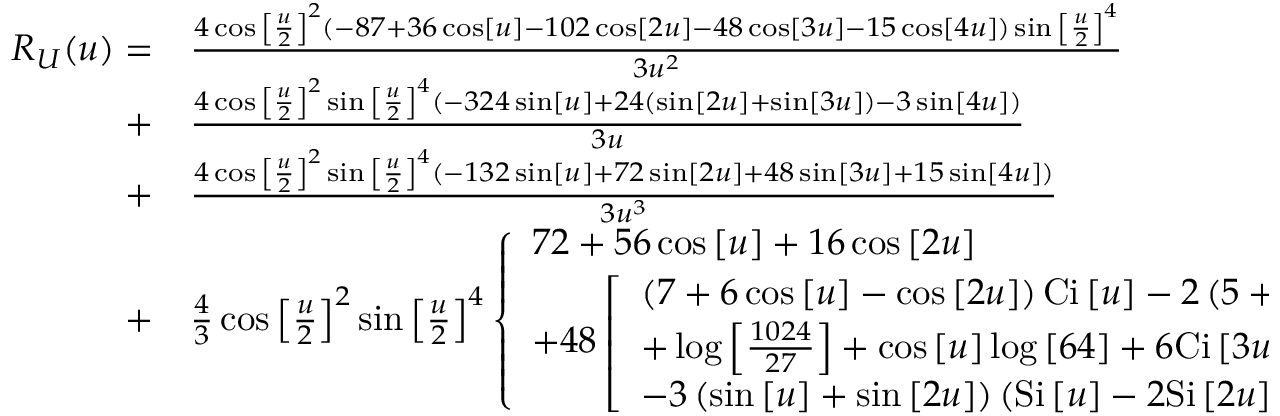
\begin{array} { r l } { { R _ { U } } ( u ) = } & { { } \frac { { 4 \cos { { \left[ { \frac { u } { 2 } } \right] } ^ { 2 } } \left( { - 8 7 + 3 6 \cos \left[ u \right] - 1 0 2 \cos \left[ { 2 u } \right] - 4 8 \cos \left[ { 3 u } \right] - 1 5 \cos \left[ { 4 u } \right] } \right) \sin { { \left[ { \frac { u } { 2 } } \right] } ^ { 4 } } } } { { 3 { u ^ { 2 } } } } } \\ { + } & { { } \frac { { 4 \cos { { \left[ { \frac { u } { 2 } } \right] } ^ { 2 } } \sin { { \left[ { \frac { u } { 2 } } \right] } ^ { 4 } } \left( { - 3 2 4 \sin \left[ u \right] + 2 4 \left( { \sin \left[ { 2 u } \right] + \sin \left[ { 3 u } \right] } \right) - 3 \sin \left[ { 4 u } \right] } \right) } } { { 3 u } } } \\ { + } & { { } \frac { { 4 \cos { { \left[ { \frac { u } { 2 } } \right] } ^ { 2 } } \sin { { \left[ { \frac { u } { 2 } } \right] } ^ { 4 } } \left( { - 1 3 2 \sin \left[ u \right] + 7 2 \sin \left[ { 2 u } \right] + 4 8 \sin \left[ { 3 u } \right] + 1 5 \sin \left[ { 4 u } \right] } \right) } } { { 3 { u ^ { 3 } } } } } \\ { + } & { { } \frac { 4 } { 3 } \cos { \left[ { \frac { u } { 2 } } \right] ^ { 2 } } \sin { \left[ { \frac { u } { 2 } } \right] ^ { 4 } } \left\{ \begin{array} { l } { 7 2 + 5 6 \cos \left[ u \right] + 1 6 \cos \left[ { 2 u } \right] } \\ { + 4 8 \left[ \begin{array} { l } { \left( { 7 + 6 \cos \left[ u \right] - \cos \left[ { 2 u } \right] } \right) \mathrm { { C i } } \left[ u \right] - 2 \left( { 5 + 3 \cos \left[ u \right] - 2 \cos \left[ { 2 u } \right] } \right) \mathrm { { C i } } \left[ { 2 u } \right] + \cos \left[ { 2 u } \right] \log \left[ { \frac { { 2 7 } } { { 1 6 } } } \right] } \\ { + \log \left[ { \frac { { 1 0 2 4 } } { { 2 7 } } } \right] + \cos \left[ u \right] \log \left[ { 6 4 } \right] + 6 \mathrm { { C i } } \left[ { 3 u } \right] \sin { \left[ u \right] ^ { 2 } } } \\ { - 3 \left( { \sin \left[ u \right] + \sin \left[ { 2 u } \right] } \right) \left( { \mathrm { { S i } } \left[ u \right] - 2 \mathrm { { S i } } \left[ { 2 u } \right] + \mathrm { { S i } } \left[ { 3 u } \right] } \right) } \end{array} \right] } \end{array} \right\} . } \end{array}